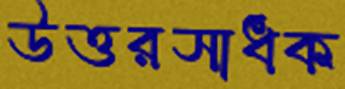
উত্তরসাধক